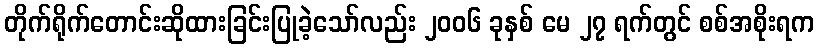
တိုက်ရိုက်တောင်းဆိုထားခြင်းပြုခဲ့သော်လည်း ၂၀၀၆ ခုနှစ် မေ ၂၇ ရက်တွင် စစ်အစိုးရက